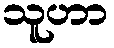
သူဟာ